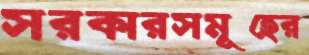
সরকারসমূহের